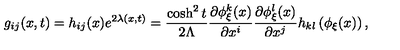
g _ { i j } ( x , t ) = h _ { i j } ( x ) e ^ { 2 \lambda ( x , t ) } = \frac { \cosh ^ { 2 } t } { 2 \Lambda } \frac { \partial \phi _ { \xi } ^ { k } ( x ) } { \partial x ^ { i } } \frac { \partial \phi _ { \xi } ^ { l } ( x ) } { \partial x ^ { j } } h _ { k l } \left( \phi _ { \xi } ( x ) \right) ,